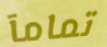
تمامآ